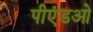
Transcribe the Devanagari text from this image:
पीएंडओ